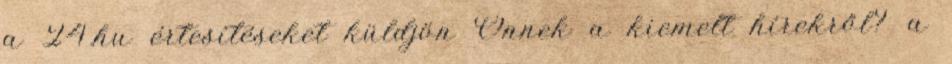
a 24.hu értesítéseket küldjön Önnek a kiemelt hírekről? a